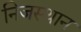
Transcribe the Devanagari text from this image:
निजस्थान